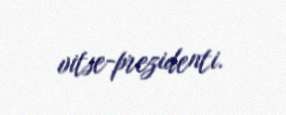
vitse-prezidenti.